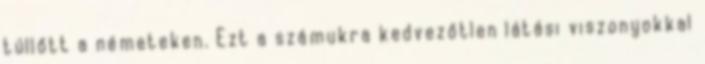
túllőtt a németeken. Ezt a számukra kedvezőtlen látási viszonyokkal